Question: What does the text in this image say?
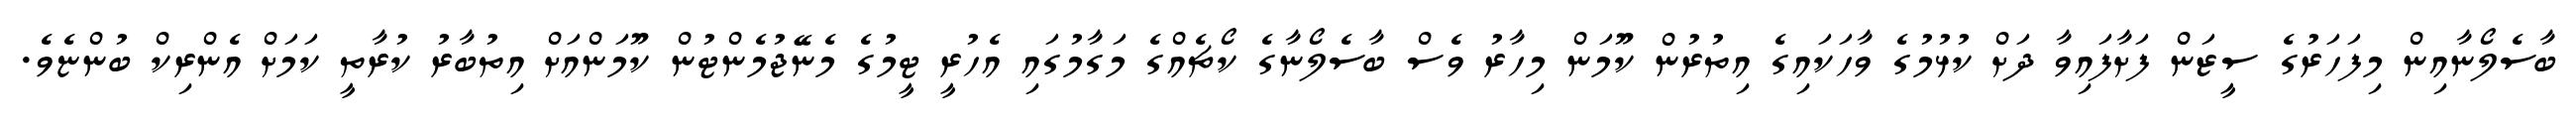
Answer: ބާސެލޯނާއިން މިފަހަރުގެ ސީޒަން ފަށާފައިވާ ދަށް ކުޅުމުގެ ވާހަކައިގެ އިތުރުން ކޫމަން މިހާރު ވެސް ބާސެލޯނާގެ ކޯޗެއްގެ މަގާމުގައި އެހުރީ ޓީމުގެ މެނޭޖުމެންޓުން ކޫމަންއަށް އިތުބާރު ކުރާތީ ކަމަށް އެންރިކް ބުންޏެވެ.